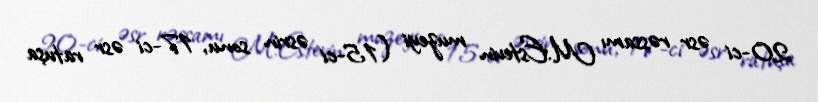
20-ci əsr rəssamı M.Estevin muzeyi (15-ci əsrin sonu, 17-ci əsr ratuşa